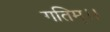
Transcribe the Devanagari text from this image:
गतिम्।।